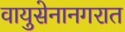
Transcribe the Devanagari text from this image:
वायुसेनानगरात